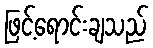
ဖြင့်ရောင်းချသည်